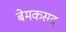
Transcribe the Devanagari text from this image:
बेमकसद